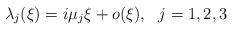
LaTeX: \begin{align*}\lambda_j(\xi)=i\mu_j\xi+o(\xi),~~j=1,2,3\end{align*}